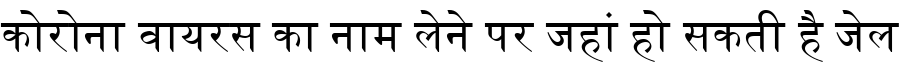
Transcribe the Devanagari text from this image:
कोरोना वायरस का नाम लेने पर जहां हो सकती है जेल